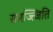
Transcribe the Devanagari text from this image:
समज्त्जिति